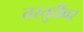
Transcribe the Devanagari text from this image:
तरतुदींवर